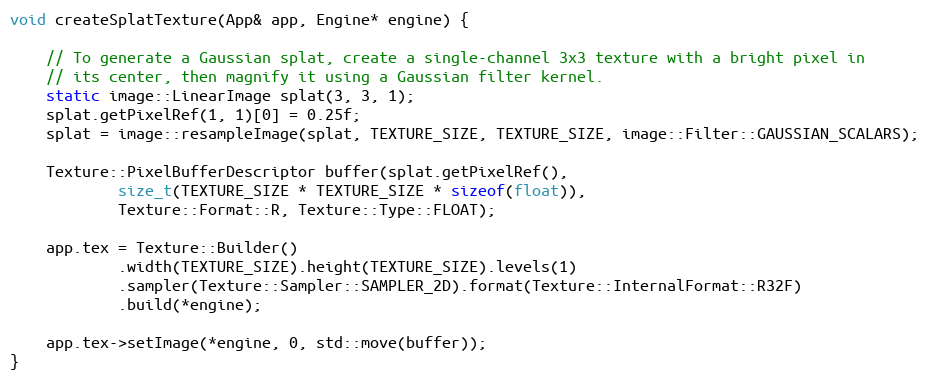
Language: C++
void createSplatTexture(App& app, Engine* engine) {

    // To generate a Gaussian splat, create a single-channel 3x3 texture with a bright pixel in
    // its center, then magnify it using a Gaussian filter kernel.
    static image::LinearImage splat(3, 3, 1);
    splat.getPixelRef(1, 1)[0] = 0.25f;
    splat = image::resampleImage(splat, TEXTURE_SIZE, TEXTURE_SIZE, image::Filter::GAUSSIAN_SCALARS);

    Texture::PixelBufferDescriptor buffer(splat.getPixelRef(),
            size_t(TEXTURE_SIZE * TEXTURE_SIZE * sizeof(float)),
            Texture::Format::R, Texture::Type::FLOAT);

    app.tex = Texture::Builder()
            .width(TEXTURE_SIZE).height(TEXTURE_SIZE).levels(1)
            .sampler(Texture::Sampler::SAMPLER_2D).format(Texture::InternalFormat::R32F)
            .build(*engine);

    app.tex->setImage(*engine, 0, std::move(buffer));
}